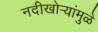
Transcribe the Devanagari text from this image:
नदीखोर्‍यांमुळे